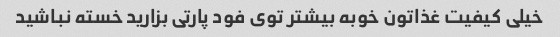
خیلی کیفیت غذاتون خوبه بیشتر توی فود پارتی بزارید خسته نباشید